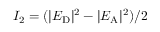
I _ { 2 } = ( | E _ { \mathrm { D } } | ^ { 2 } - | E _ { \mathrm { A } } | ^ { 2 } ) / 2